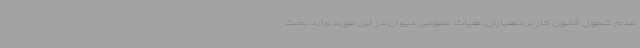
عدم شمول قانون کار بر دهیاران، هیات عمومی دیوان در این مورد وارد بحث